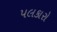
પલકારો